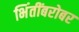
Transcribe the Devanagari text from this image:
भिंतींबरोबर